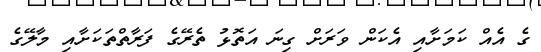
ގެ އެއް ކަމަށާއި އެކަން ވަރަށް ގިނަ އަތޮޅު ތެރޭގެ ފަރާތްތަކަށާއި މާލޭގެ